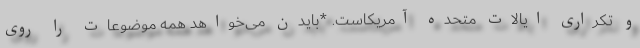
و تکراری ایالات متحده آمریکاست. *بایدن می‌خواهد همه موضوعات را روی